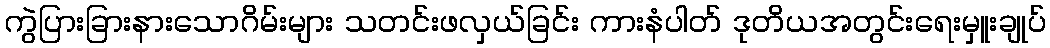
ကွဲပြားခြားနားသောဂိမ်းများ သတင်းဖလှယ်ခြင်း ကားနံပါတ် ဒုတိယအတွင်းရေးမှူးချုပ်